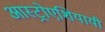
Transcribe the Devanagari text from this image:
आस्ट्रोएशियायी